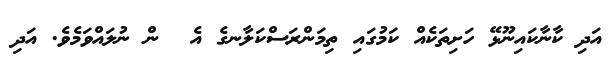
އަދި ކާނާކައިނޫޅޭ ހަށިތަކެއް ކަމުގައި ތިމަންރަސްކަލާނގެ އެ  ން ނުލައްވަމެވެ. އަދި